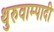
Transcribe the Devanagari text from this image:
थुरुवाम्पादी